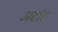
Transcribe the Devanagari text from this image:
अटांट